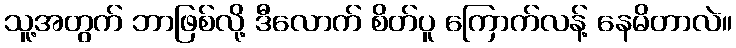
သူ့အတွက် ဘာဖြစ်လို့ ဒီလောက် စိတ်ပူ ကြောက်လန့် နေမိတာလဲ။